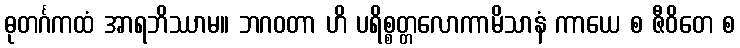
ဓုတင်္ဂကထံ အာရဘိဿာမ။ ဘဂဝတာ ဟိ ပရိစ္စတ္တလောကာမိသာနံ ကာယေ စ ဇီဝိတေ စ